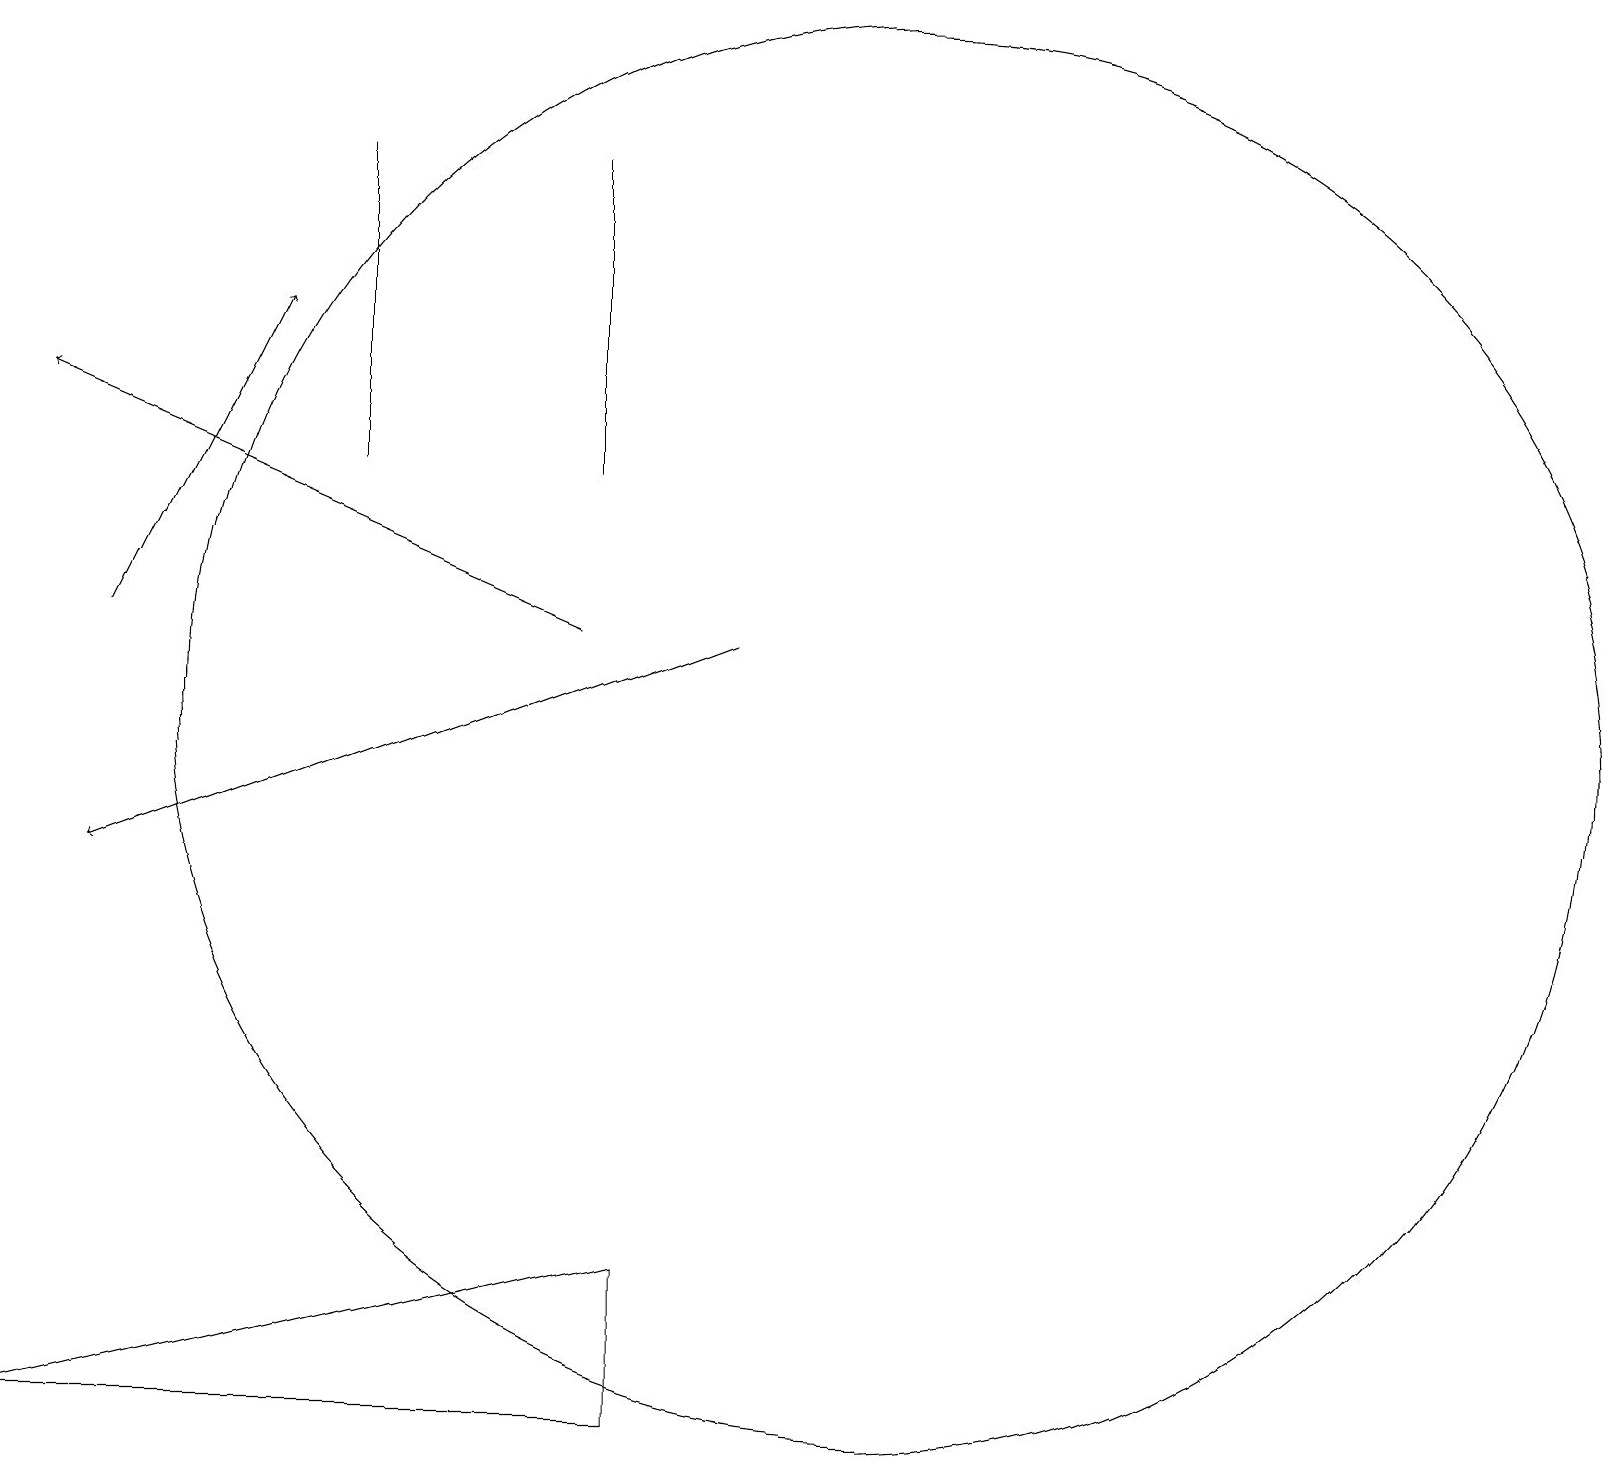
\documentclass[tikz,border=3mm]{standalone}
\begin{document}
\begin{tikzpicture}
\draw (11,12) circle (9);
\draw (4,15) rectangle (4,19);
\draw[->] (9,13) -- (1,10);
\draw[->] (7,13) -- (0,16);
\draw (7,15) rectangle (7,19);
\draw[->] (1,13) -- (3,17);
\draw (8,5) -- (8,3) -- (0,3) -- cycle;
\draw (5,3) -- (3,3) -- (7,3) -- cycle;
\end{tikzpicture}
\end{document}